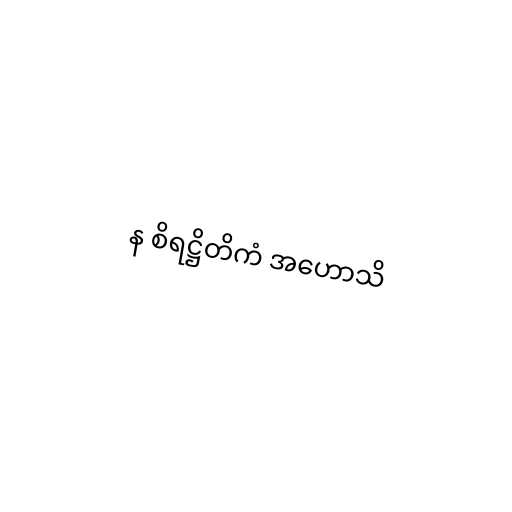
န စိရဋ္ဌိတိကံ အဟောသိ